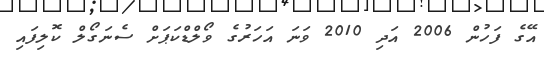
އޭގެ ފަހުން 2006 އަދި 2010 ވަނަ އަހަރުގެ ވޯލްޑްކަޕަށް ސެނަގޯލް ކޮލިފައި